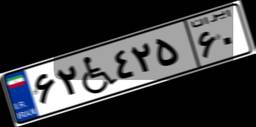
۶۲W۴۲۵۶۰